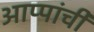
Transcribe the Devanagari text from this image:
आप्पांची